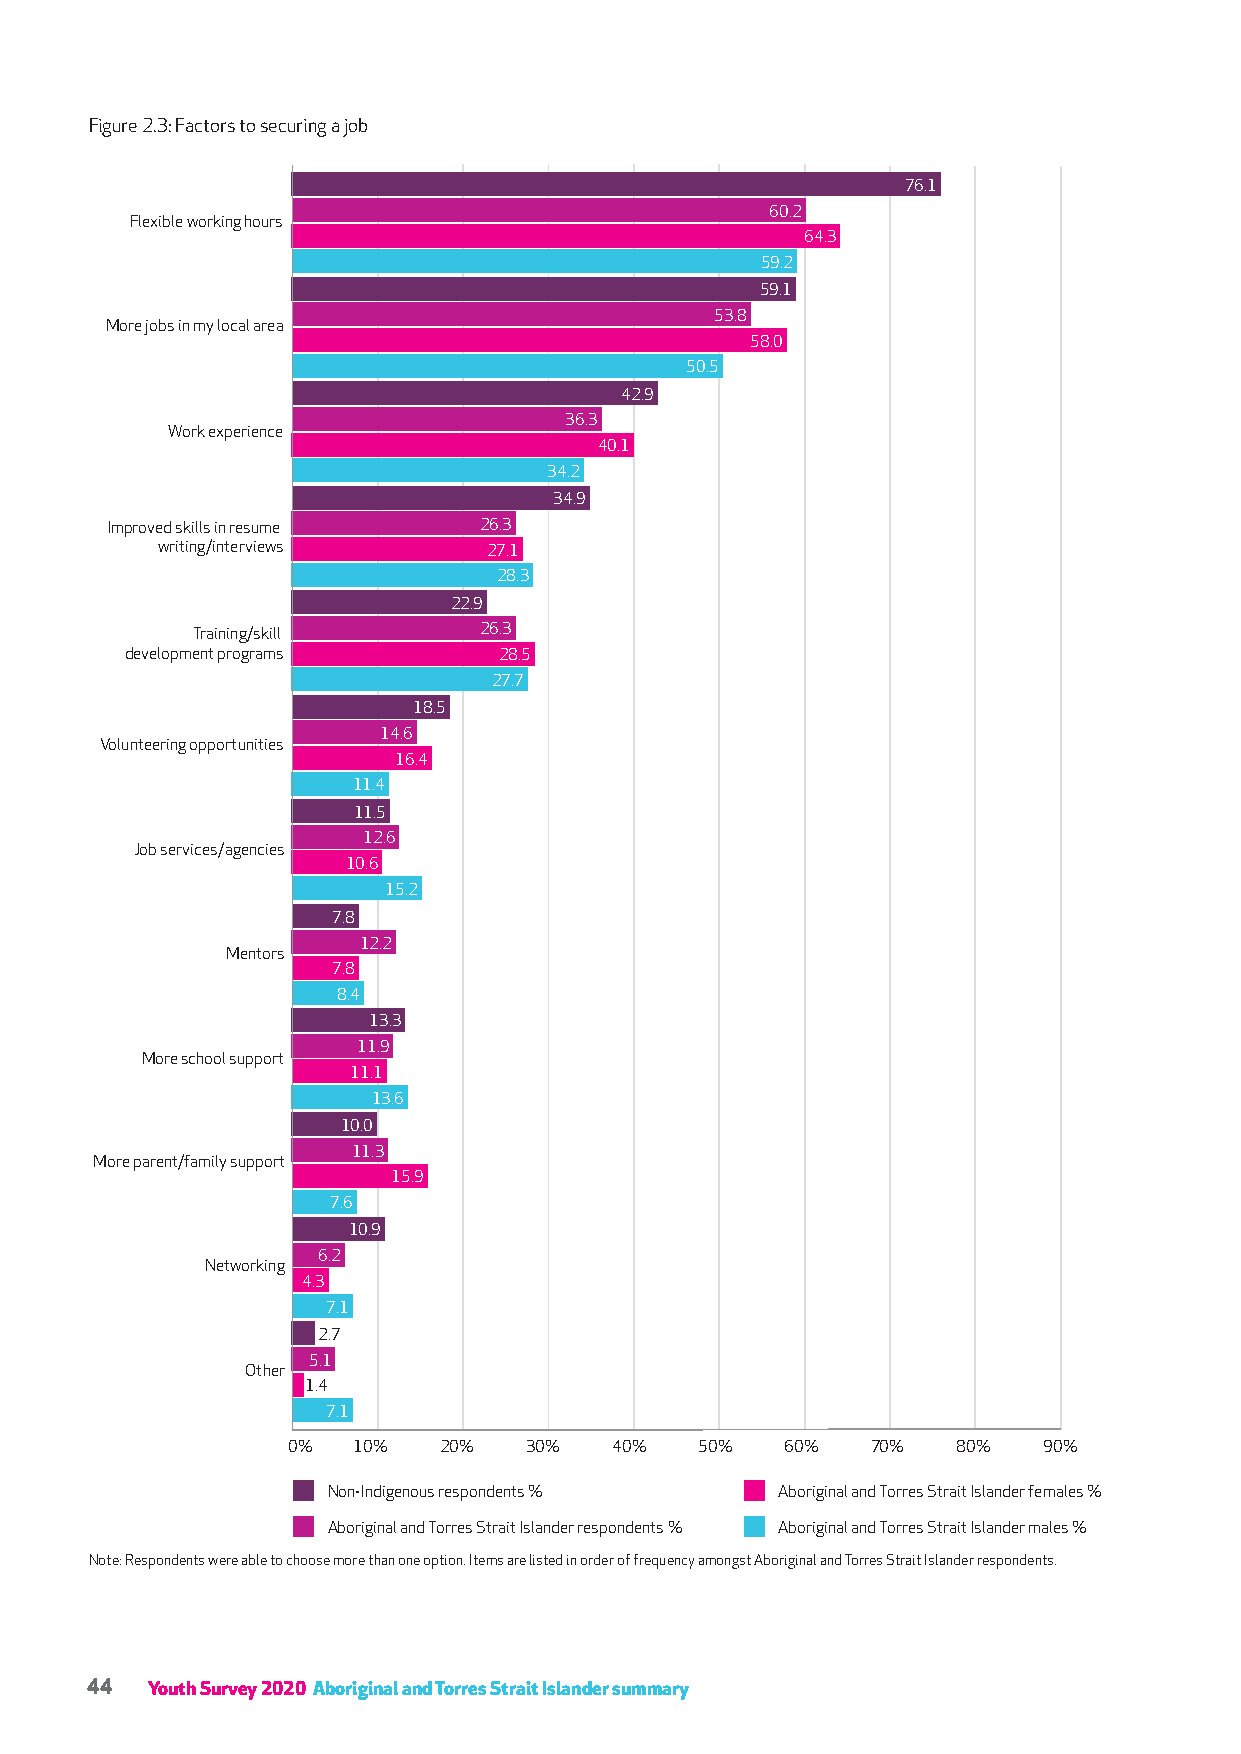
Figure 2.3: Factors to securing a job
 76.1
 60.2
 Flexible working hours
 64.3
 59.2
 59.1
 53.8
 More jobs in my local area
 58.0
 50.5
 42.9
 36.3
 Work experience
 40.1
 34.2
 34.9
 Improved skills in resume 26.3
 writing/interviews    27.1
 28.3
 22.9
 Training/skill     26.3
 development programs     28.5
 27.7
 18.5
 14.6
 Volunteering opportunities
 16.4
 11.4
 11.5
 12.6
 Job services/agencies
 10.6
 15.2
 7.8
 12.2
 Mentors
 7.8
 8.4
 13.3
 11.9
 More school support
 11.1
 13.6
 10.0
 11.3
 More parent/family support
 15.9
 7.6
 10.9
 6.2
 Networking
 4.3
 7.1
 2.7
 5.1
 Other
 1.4
 7.1
 0%  10%   20%   30%  40%   50%   60%   70%  80%   90%
 Non-Indigenous respondents % Aboriginal and Torres Strait Islander females %
 Aboriginal and Torres Strait Islander respondents % Aboriginal and Torres Strait Islander males %
 Note: Respondents were able to choose more than one option. Items are listed in order of frequency amongst Aboriginal and Torres Strait Islander respondents.
 44  Youth Survey 2020 Aboriginal and Torres Strait Islander summary